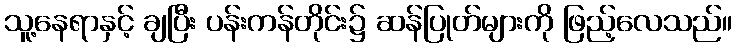
သူ့နေရာနှင့် ချပြီး ပန်းကန်တိုင်း၌ ဆန်ပြုတ်များကို ဖြည့်လေသည်။